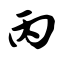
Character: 丙